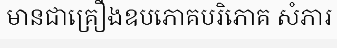
មានជាគ្រឿងឧបភោគបរិភោគ សំភារ